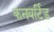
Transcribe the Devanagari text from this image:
कनवर्टिड